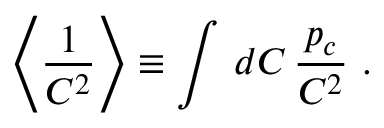
\left\langle \displaystyle { \frac { 1 } { C ^ { 2 } } } \right\rangle \equiv \int \, d C \, \displaystyle { \frac { p _ { c } } { C ^ { 2 } } } \, \, .